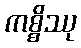
ကစ္စိဿု